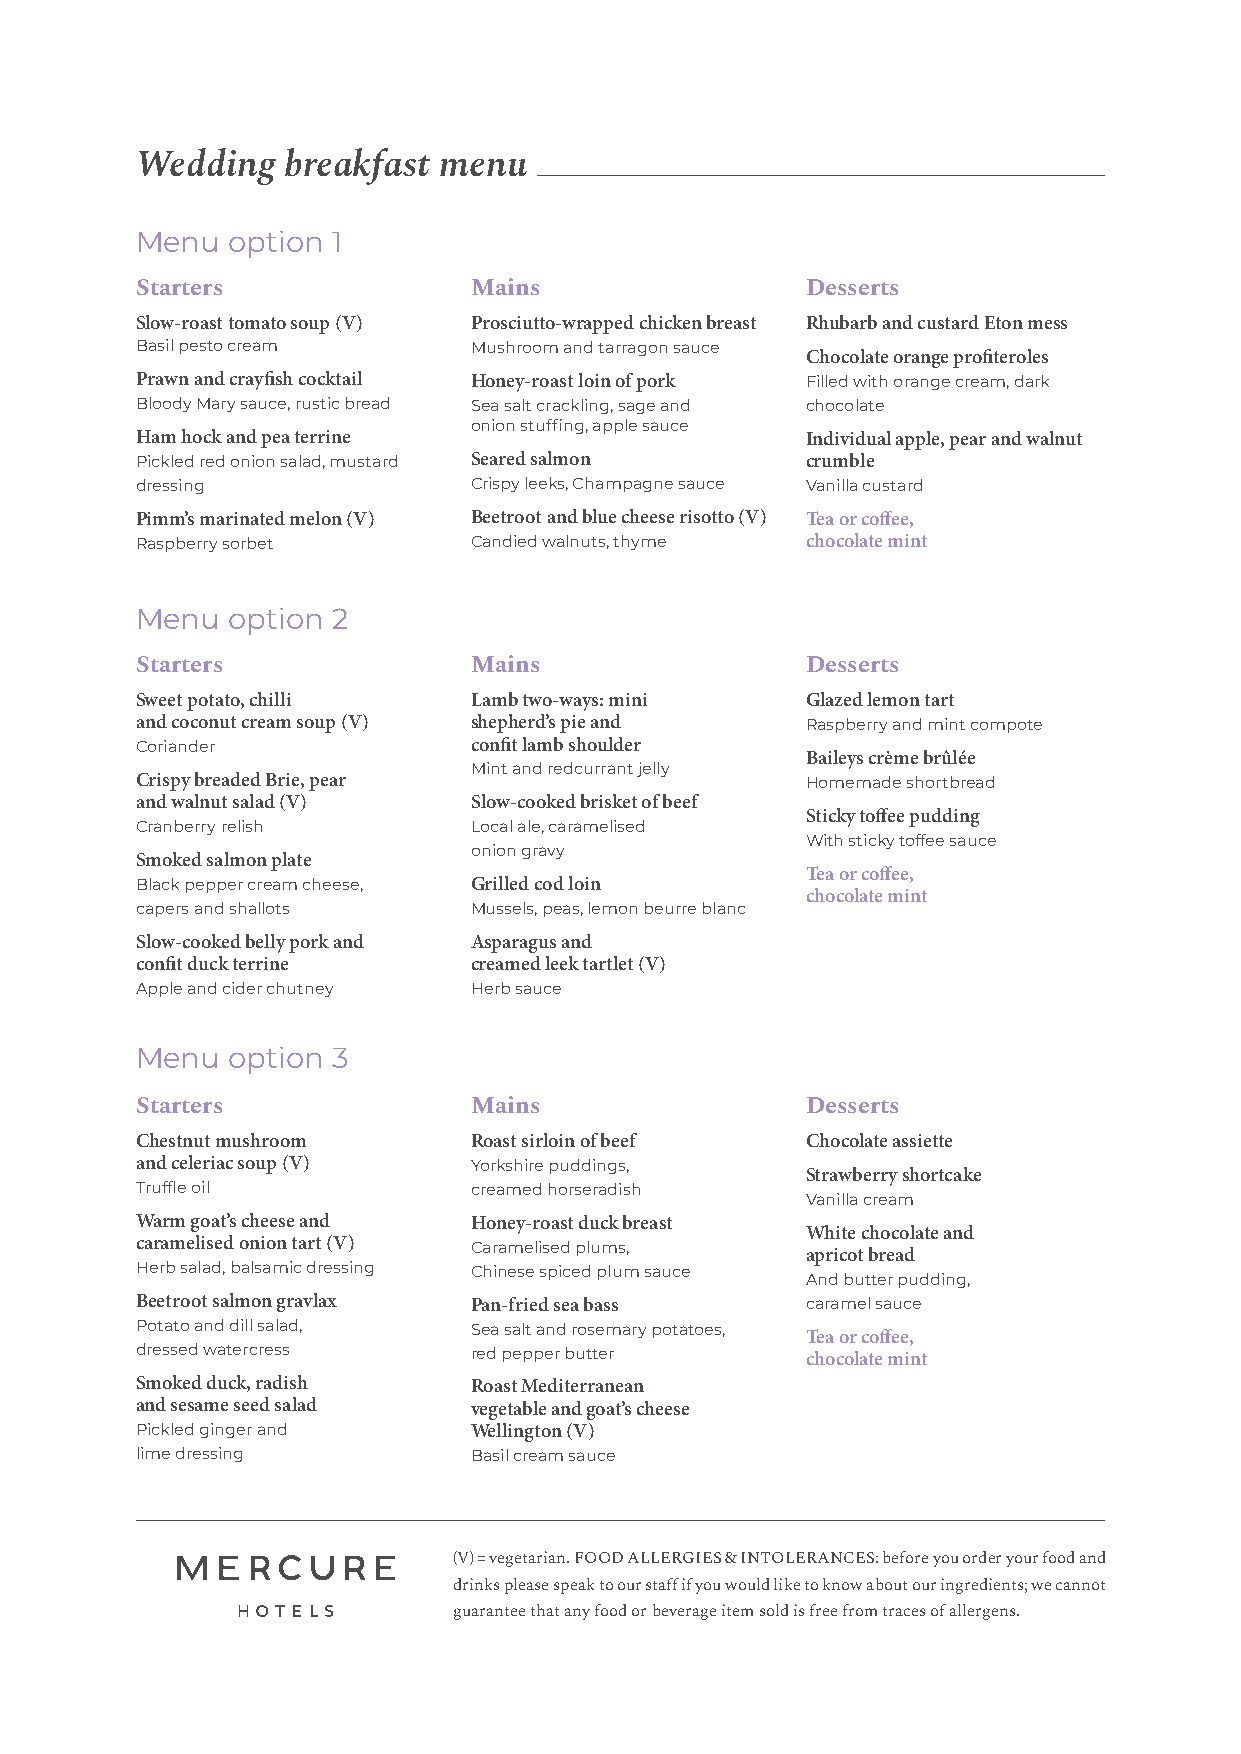
Wedding   breakfast menu
 Menu  option 1
 Starters              Mains                 Desserts
 Slow-roast tomato soup (V) Prosciutto-wrapped chicken breast Rhubarb and custard Eton mess
 Basil pesto cream     Mushroom and tarragon sauce
 Chocolate orange profiteroles
 Prawn and crayfish cocktail Honey-roast loin of pork Filled with orange cream, dark
 Bloody Mary sauce, rustic bread Sea salt crackling, sage and chocolate
 onion stuffing, apple sauce
 Ham hock and pea terrine                    Individual apple, pear and walnut
 Pickled red onion salad, mustard Seared salmon crumble
 dressing              Crispy leeks, Champagne sauce Vanilla custard
 Pimm’s marinated melon (V) Beetroot and blue cheese risotto (V) Tea or coffee,
 Raspberry sorbet      Candied walnuts, thyme chocolate mint
 Menu  option 2
 Starters              Mains                 Desserts
 Sweet potato, chilli  Lamb two-ways: mini   Glazed lemon tart
 and coconut cream soup (V) shepherd’s pie and Raspberry and mint compote
 Coriander             confit lamb shoulder
 Baileys crème brûlée
 Mint and redcurrant jelly
 Crispy breaded Brie, pear                   Homemade shortbread
 and walnut salad (V)  Slow-cooked brisket of beef
 Sticky toffee pudding
 Cranberry relish      Local ale, caramelised
 With sticky toffee sauce
 onion gravy
 Smoked salmon plate
 Tea or coffee,
 Black pepper cream cheese, Grilled cod loin
 chocolate mint
 capers and shallots   Mussels, peas, lemon beurre blanc
 Slow-cooked belly pork and Asparagus and
 confit duck terrine   creamed leek tartlet (V)
 Apple and cider chutney Herb sauce
 Menu  option 3
 Starters              Mains                 Desserts
 Chestnut mushroom     Roast sirloin of beef Chocolate assiette
 and celeriac soup (V) Yorkshire puddings,
 Strawberry shortcake
 Truffle oil           creamed horseradish
 Vanilla cream
 Warm goat’s cheese and Honey-roast duck breast
 White chocolate and
 caramelised onion tart (V) Caramelised plums, apricot bread
 Herb salad, balsamic dressing Chinese spiced plum sauce
 And butter pudding,
 Beetroot salmon gravlax Pan-fried sea bass  caramel sauce
 Potato and dill salad, Sea salt and rosemary potatoes, Tea or coffee,
 dressed watercress    red pepper butter     chocolate mint
 Smoked duck, radish   Roast Mediterranean
 and sesame seed salad vegetable and goat’s cheese
 Pickled ginger and    Wellington (V)
 lime dressing         Basil cream sauce
 (V) = vegetarian. FOOD ALLERGIES & INTOLERANCES: before you order your food and
 drinks please speak to our staff if you would like to know about our ingredients; we cannot
 guarantee that any food or beverage item sold is free from traces of allergens.